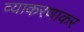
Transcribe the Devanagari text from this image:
व्याकरणाकर